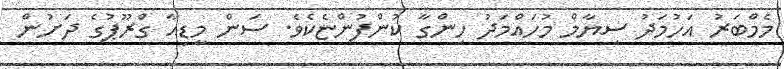
މެމްބަރު އަހުމަދު ސިޔާމް މުހައްމަދު ހިންގާ ކުންފުންޏެކެވެ. ސަން މީޑިއާ ގްރޫޕުގެ ދަށުން